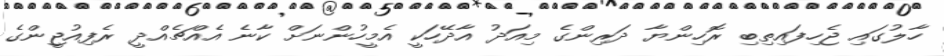
ހާލުގައި ޖެހިފައިތިބި ރޮހިންޔާ ދަރިންގެ މިއަދު އާދޭހަކީ އެމީހުންނަށް ކާނެ އެއްޗެއްދީ ރެފިއުޖީންގެ